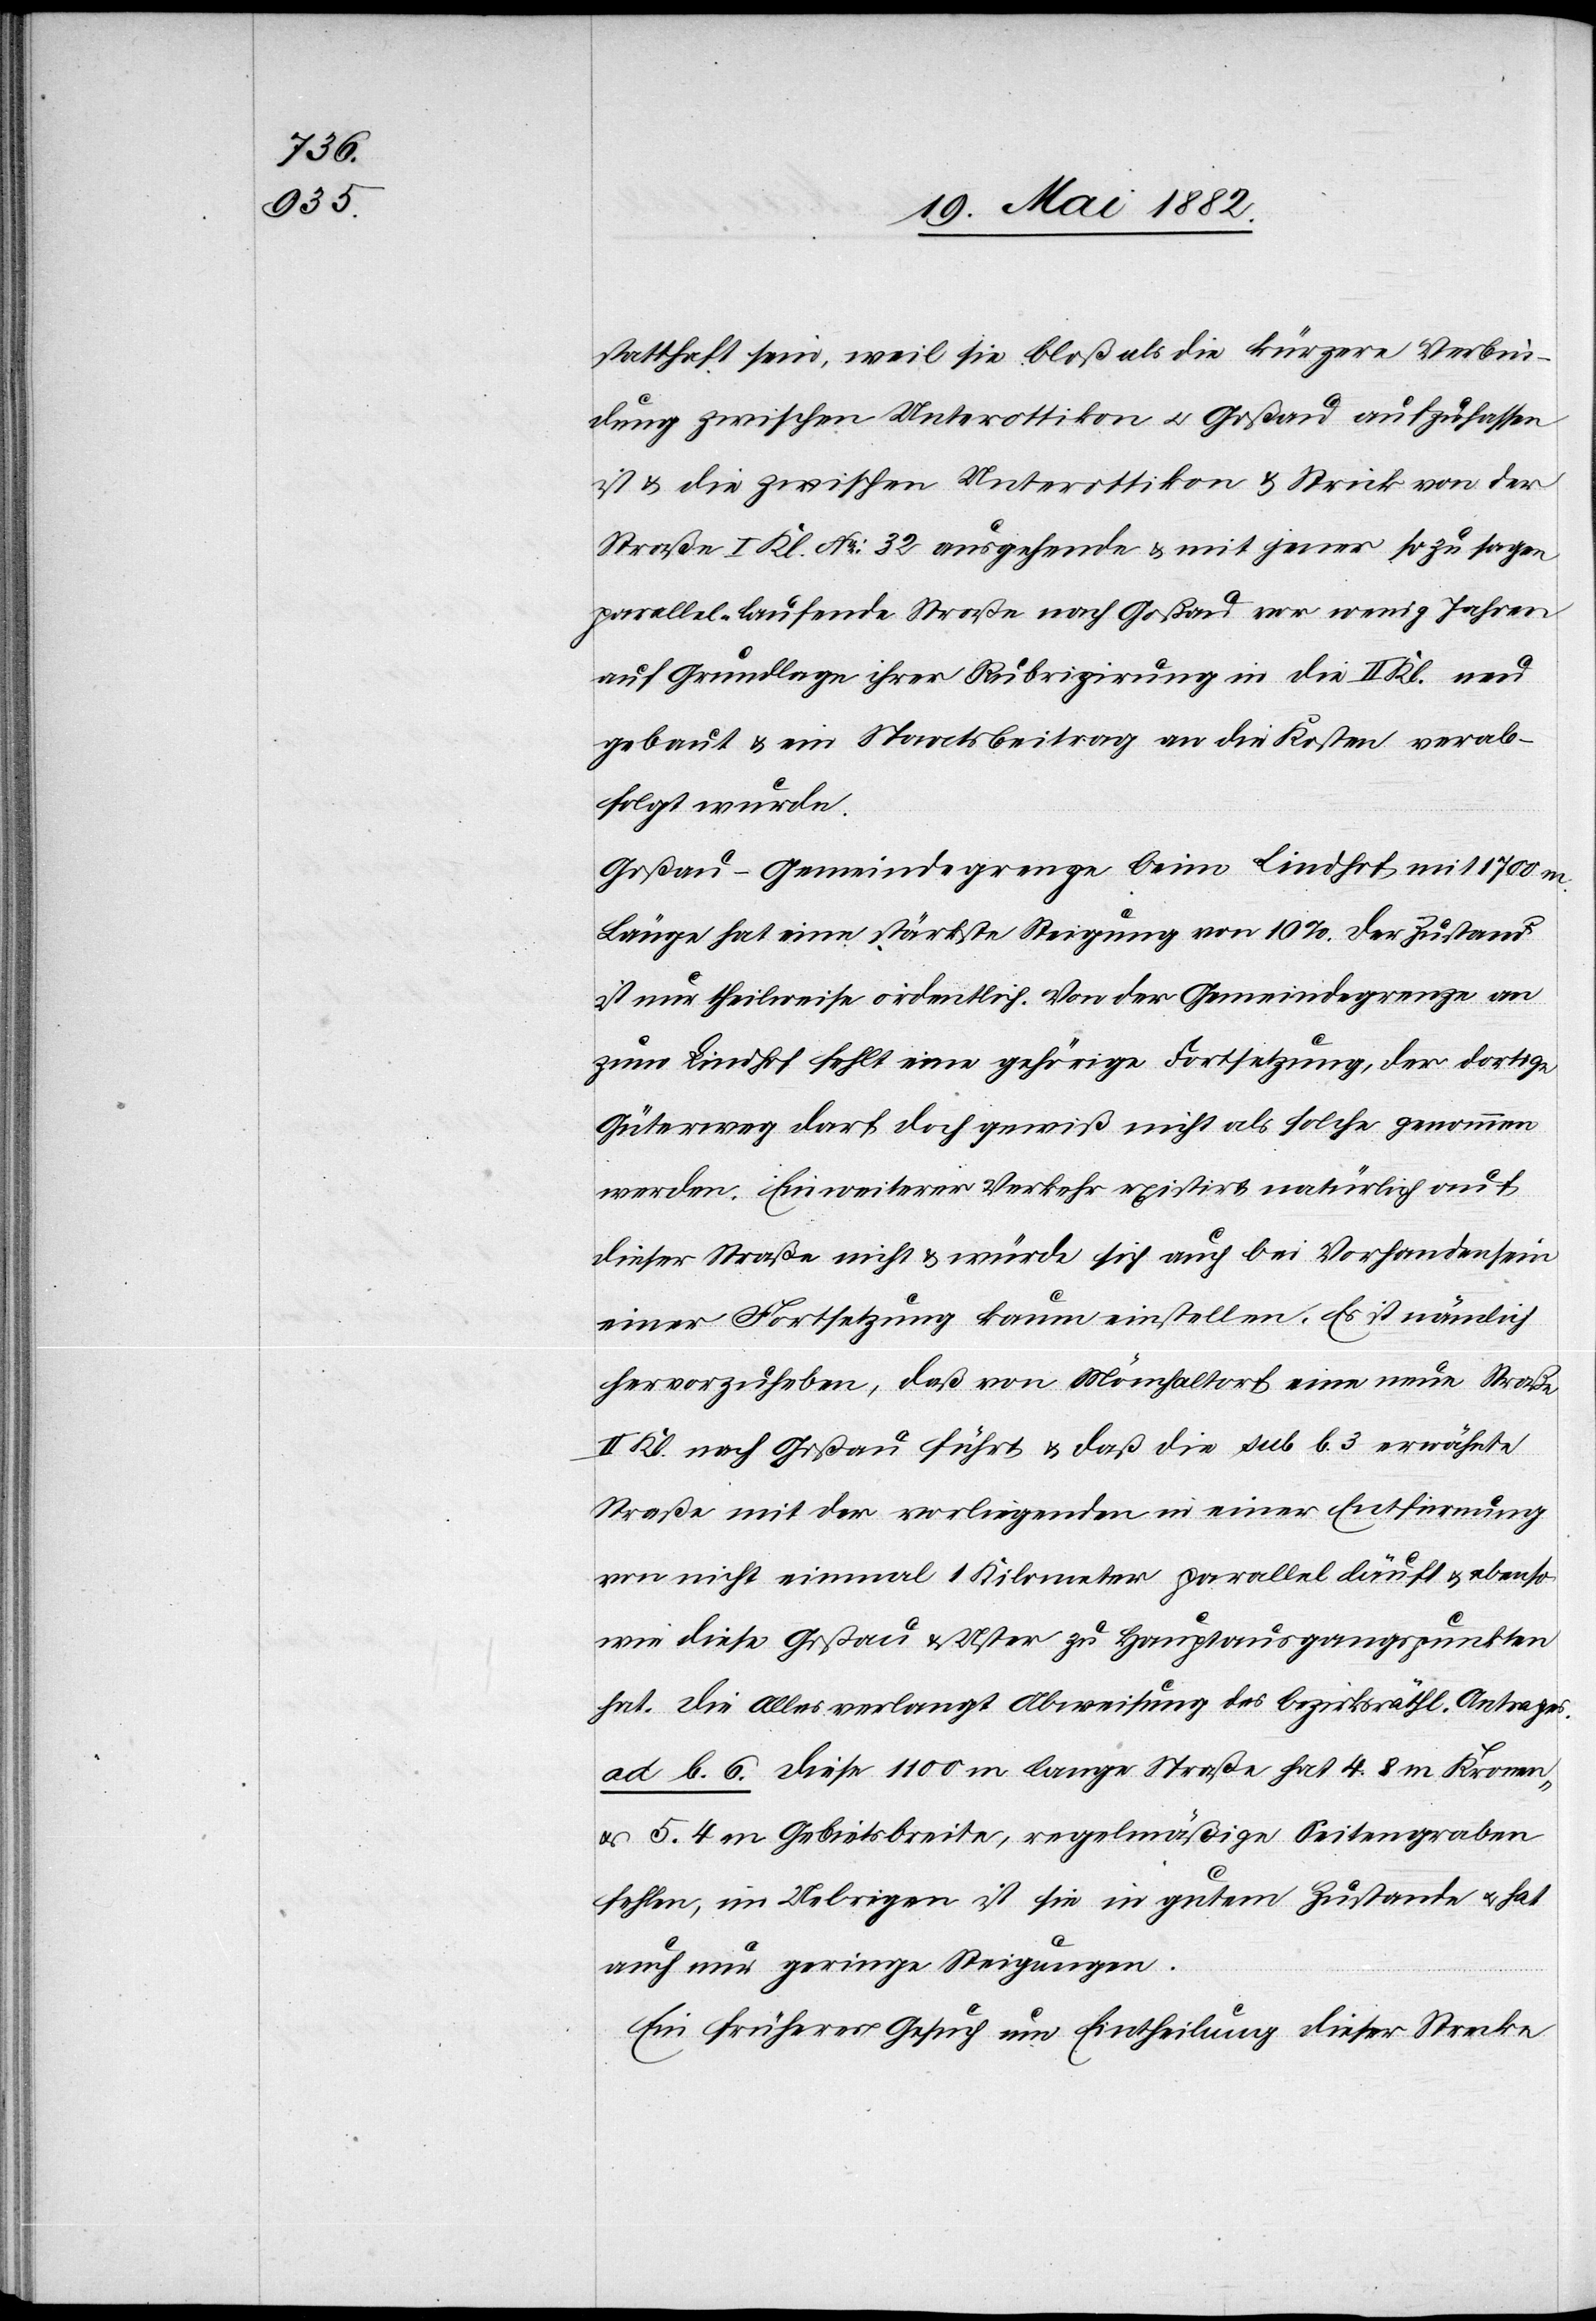
statthaft sein, weil sie bloß als die kürzere Verbin¬
dung zwischen Unterottikon u. Goßau aufzufassen
ist & die zwischen Unterottikon & Strick von der
Straße I. Kl. No 32 ausgehende & mit jener so zu sagen
parallel laufende[n] Straße nach Goßau vor wenig[en] Jahren
auf Grundlage ihrer Rubizirung in die II. Kl. neu
gebaut & ein Staatsbeitrag an die Kosten verab¬
folgt wurde.
Goßau–Gemeindegrenze beim Lindhof mit 1700 m
Länge hat eine stärkste Steigung von 10%. Der Zustand
ist nur theilweise ordentlich. Von der Gemeindegrenze an
zum Lindhof fehlt eine gehörige Fortsetzung, der dortige
Güterweg darf doch gewiß nicht als solche genommen
werden. Ein weiterer Verkehr existirt natürlich auf
dieser Straße nicht & würde sich auch bei Vorhandensein
einer Fortsetzung kaum einstellen. Es ist nämlich
hervorzuheben, daß von Mönchaltorf eine neue Straße
Kl. nach Goßau führt & daß die sub b. 3 erwähnte
Straße mit der vorliegenden in einer Entfernung
von nicht einmal 1 Kilometer parallel läuft & ebenso
wie diese Goßau & Uster zu Hauptausgangspunkten
hat. Die[s] Alles verlangt Abweisung des bezirksräthl. Antrages.
ad b. 6. Diese 1100 m lange Straße hat 4.8 m Kronen-
u. 5.4 m Gebietsbreite, regelmäßige Seitengraben
fehlen, im Uebrigen ist sie in gutem Zustande u. hat
auch nur geringe Steigungen.
Ein früheres Gesuch um Eintheilung dieser Strecke